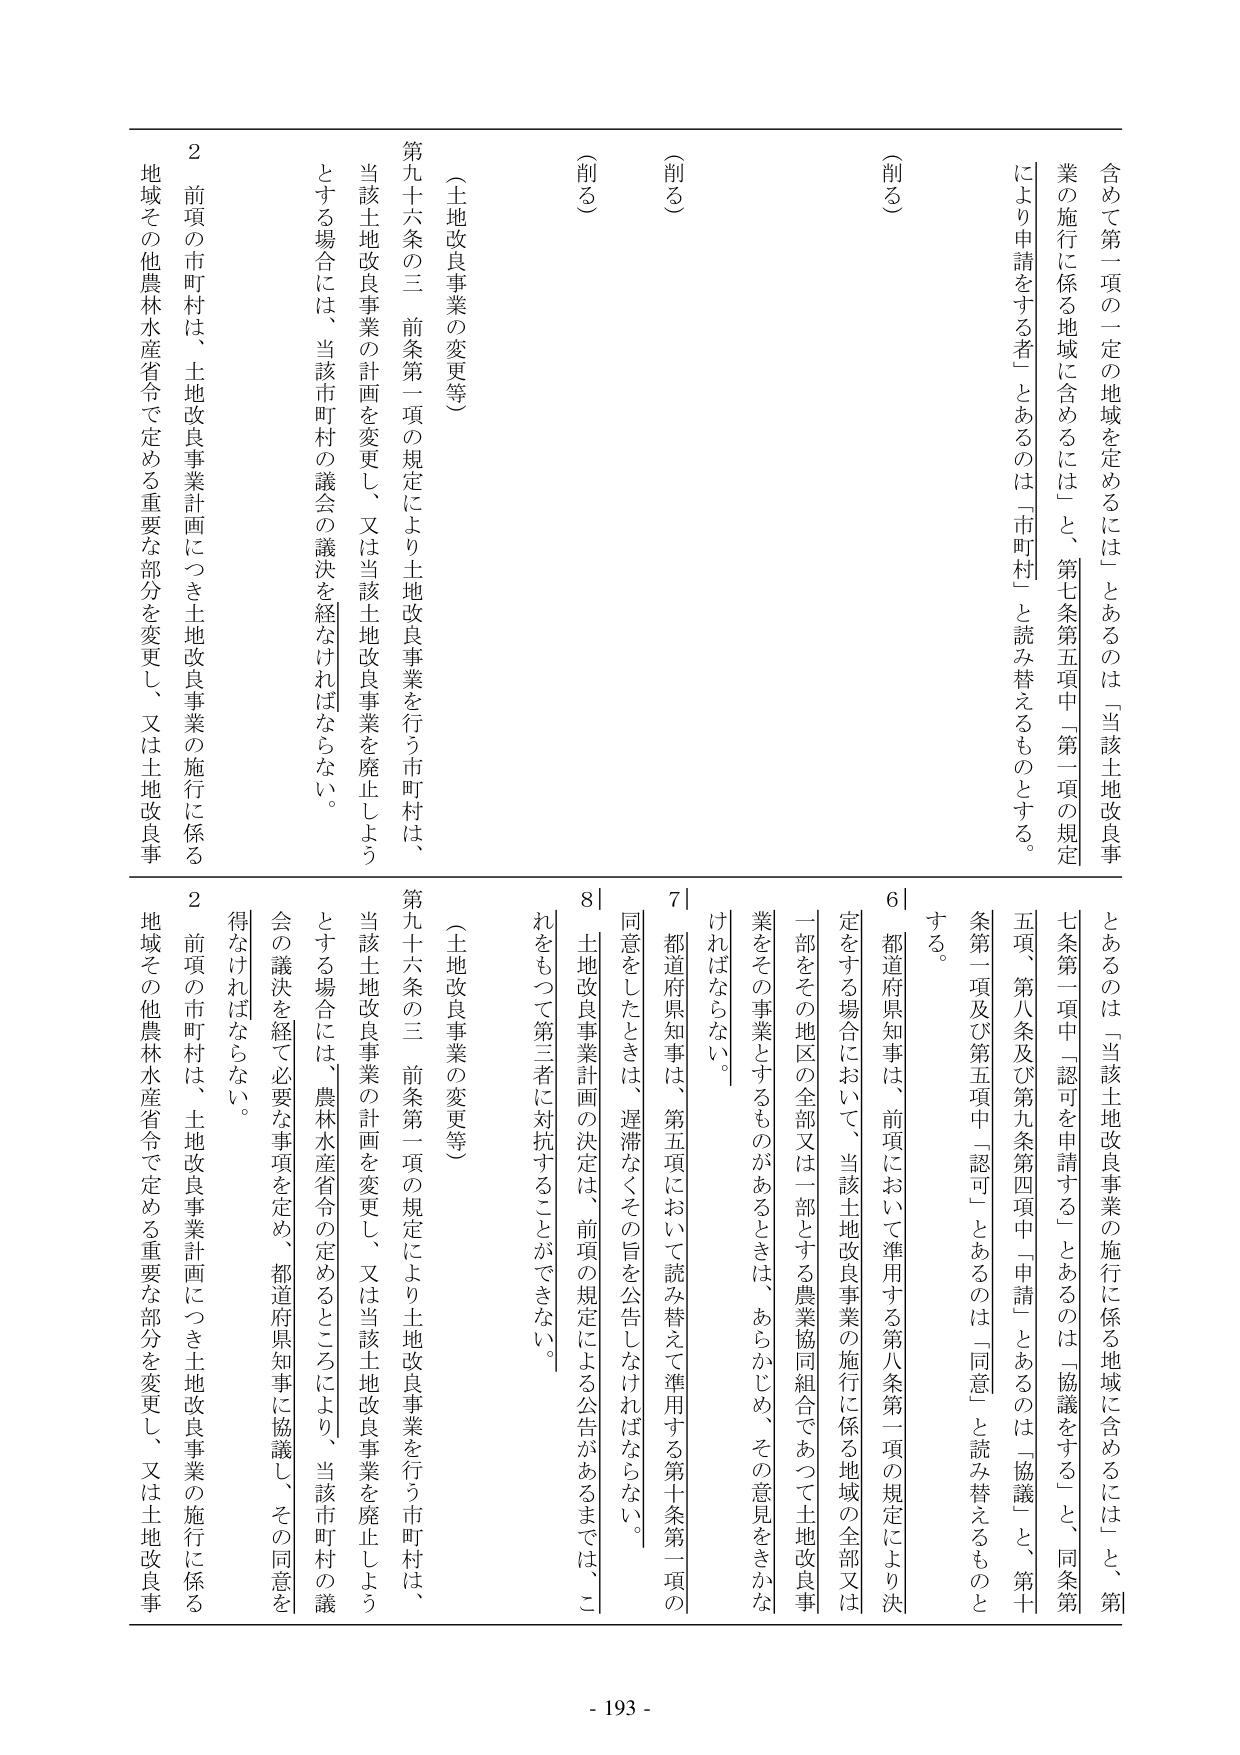
含めて第一項の一定の地域を定めるには」とあるのは「当該土地改良事業の施行に係る地域に含めるには」と、第七条第五項中「第一項の規定により申請をする者」とあるのは「市町村」と読み替えるものとする。

（削る）

（削る）

（土地改良事業の変更等）

第九十六条の三 前条第一項の規定により土地改良事業を行う市町村は、当該土地改良事業の計画を変更し、又は当該土地改良事業を廃止しようとする場合には、当該市町村の議会の議決を経なければならない。

２ 前項の市町村は、土地改良事業計画につき土地改良事業の施行に係る地域その他農林水産省令で定める重要な部分を変更し、又は土地改良事業をその事業とするものがあるときは、あらかじめ、その意見をきかなければならない。

６ 都道府県知事は、前項において準用する第八条第一項の規定により決定をする場合において、当該土地改良事業の施行に係る地域の全部又は一部をその地区の全部又は一部とする農業協同組合であつて土地改良事業をその事業とするものがあるときは、あらかじめ、その意見をきかなければならない。

７ 都道府県知事は、第五項において読み替えて準用する第十条第一項の同意をしたときは、遅滞なくその旨を公告しなければならない。

８ 土地改良事業計画の決定は、前項の規定による公告があるまでは、これをもつて第三者に対抗することができない。

（土地改良事業の変更等）

第九十六条の三 前条第一項の規定により土地改良事業を行う市町村は、当該土地改良事業の計画を変更し、又は当該土地改良事業を廃止しようとする場合には、農林水産省令の定めるところにより、当該市町村の議会の議決を経て必要な事項を定め、都道府県知事に協議し、その同意を得なければならない。

２ 前項の市町村は、土地改良事業計画につき土地改良事業の施行に係る地域その他農林水産省令で定める重要な部分を変更し、又は土地改良事業をその事業とするものがあるときは、あらかじめ、その意見をきかなければならない。

- 193 -